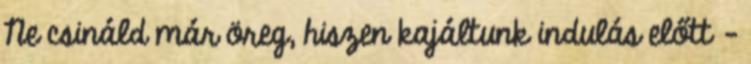
Ne csináld már öreg, hiszen kajáltunk indulás előtt -